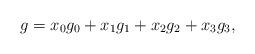
LaTeX: \begin{align*} g = x_0g_0 + x_1 g_1 + x_2 g_2 + x_3g_3,\end{align*}